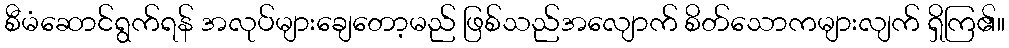
စီမံဆောင်ရွက်ရန် အလုပ်များချေတော့မည် ဖြစ်သည်အလျောက် စိတ်သောကများလျက် ရှိကြ၏။